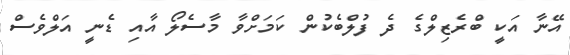
އޭނާ އަކީ ބްރެޒިލްގެ ދެ ފުލްބެކުން ކަމަށްވާ މާސެލޯ އާއި ޑެނީ އަލްވެސް